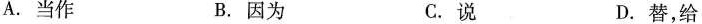
()A.当作 B.因为 C.说 D.替，给